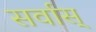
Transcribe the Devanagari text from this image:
सर्वास्‌